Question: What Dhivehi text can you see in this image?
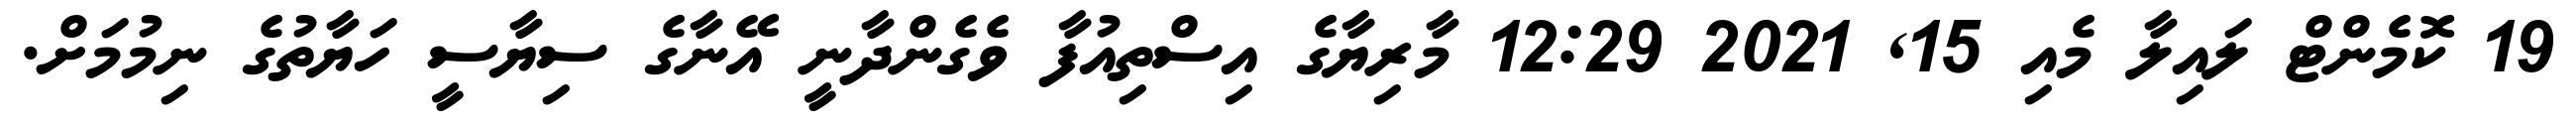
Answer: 19 ކޮމެންޓް ލައިލާ މެއި 15, 2021 12:29 މާރިޔާގެ އިސްތިއުފާ ވެގެންދާނީ އޭނާގެ ސިޔާސީ ހަޔާތުގެ ނިމުމަށް.